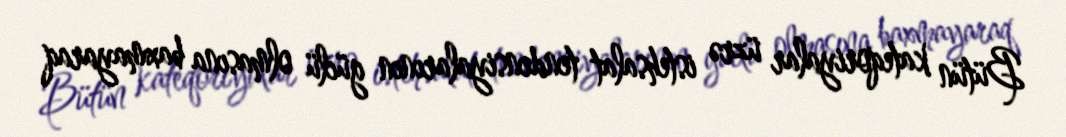
Bütün kateqoriyalar üzrə istehsalat tendensiyalarının güclü olmasına baxmayaraq